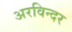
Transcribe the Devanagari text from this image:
अरविन्दर